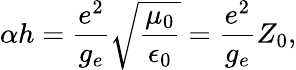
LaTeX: \alpha h=\frac{e^{2}}{g_{e}}\sqrt{\frac{\mu_{0}}{\epsilon_{0}}}=\frac{e^{2}}{g_{e}}Z_{0},